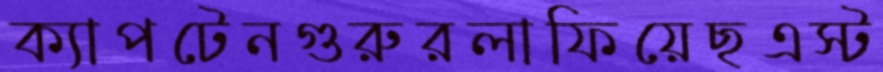
ক্যাপটেনগুরুরলাফিয়েছএস্ট